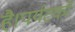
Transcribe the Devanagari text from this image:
है।पर्यटकों